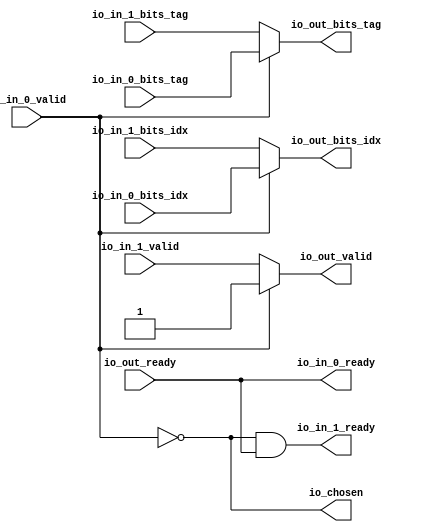
module Arbiter_7
(
  io_in_1_ready,
  io_in_1_valid,
  io_in_1_bits_idx,
  io_in_1_bits_tag,
  io_in_0_ready,
  io_in_0_valid,
  io_in_0_bits_idx,
  io_in_0_bits_tag,
  io_out_ready,
  io_out_valid,
  io_out_bits_idx,
  io_out_bits_tag,
  io_chosen
);

  input [5:0] io_in_1_bits_idx;
  input [19:0] io_in_1_bits_tag;
  input [5:0] io_in_0_bits_idx;
  input [19:0] io_in_0_bits_tag;
  output [5:0] io_out_bits_idx;
  output [19:0] io_out_bits_tag;
  input io_in_1_valid;
  input io_in_0_valid;
  input io_out_ready;
  output io_in_1_ready;
  output io_in_0_ready;
  output io_out_valid;
  output io_chosen;
  wire [5:0] io_out_bits_idx;
  wire [19:0] io_out_bits_tag;
  wire io_in_1_ready,io_in_0_ready,io_out_valid,io_chosen,N0,N1,io_out_ready,T5;
  assign io_in_0_ready = io_out_ready;
  assign io_chosen = ~io_in_0_valid;
  assign io_out_bits_tag = (N0)? io_in_1_bits_tag : 
                           (N1)? io_in_0_bits_tag : 1'b0;
  assign N0 = io_chosen;
  assign N1 = io_in_0_valid;
  assign io_out_bits_idx = (N0)? io_in_1_bits_idx : 
                           (N1)? io_in_0_bits_idx : 1'b0;
  assign io_out_valid = (N0)? io_in_1_valid : 
                        (N1)? io_in_0_valid : 1'b0;
  assign io_in_1_ready = T5 & io_out_ready;
  assign T5 = ~io_in_0_valid;

endmodule